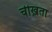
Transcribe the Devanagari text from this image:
चीख़ता